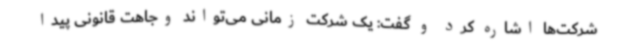
شرکت‌ها اشاره کرد و گفت: یک شرکت زمانی می‌تواند وجاهت قانونی پیدا